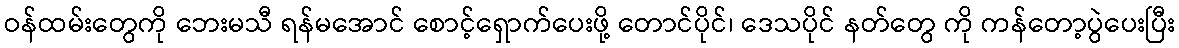
ဝန်ထမ်းတွေကို ဘေးမသီ ရန်မအောင် စောင့်ရှောက်ပေးဖို့ တောင်ပိုင်၊ ဒေသပိုင် နတ်တွေ ကို ကန်တော့ပွဲပေးပြီး